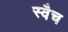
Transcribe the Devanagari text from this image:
स्वैच